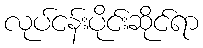
လုပ်ငန်းပိုင်းဆိုင်ရာ